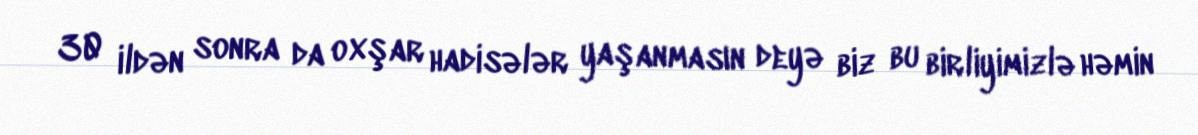
30 ildən sonra da oxşar hadisələr yaşanmasın deyə biz bu birliyimizlə həmin